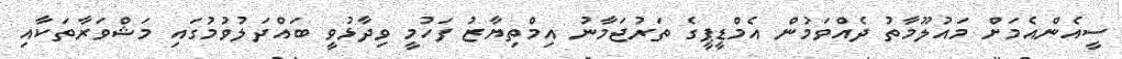
ސީއެންއެމަށް މައުލޫމާތު ދެއްވަމުން އެމްޑީޕީގެ ތަރުޖަމާނު އިމްތިޔާޒު ފަހުމީ ވިދާޅުވީ ބައްދަލުވުމުގައި މަޝްވަރާތަކާއި